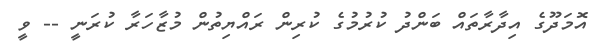
އޮމަދޫގެ އިދާރާތައް ބަންދު ކުރުމުގެ ކުރިން ރައްޔިތުން މުޒާހަރާ ކުރަނީ -- ވީ